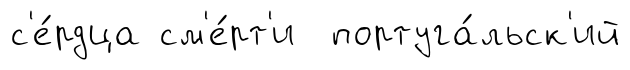
с'е́рдца см'е́рт'и португа́льск'ий